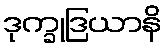
ဒုက္ခုဒြယာနိ